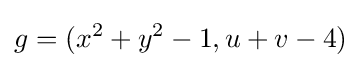
g=(x^{2}+y^{2}-1,u+v-4)